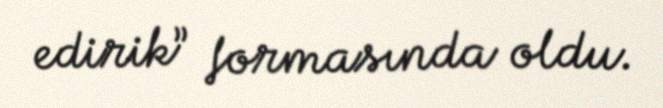
edirik” formasında oldu.